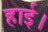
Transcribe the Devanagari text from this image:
हाई।